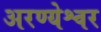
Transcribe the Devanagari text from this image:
अरण्येश्वर